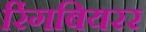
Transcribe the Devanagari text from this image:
रिंगबियरर